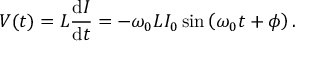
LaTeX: V ( t ) = L { \frac { \mathrm { d } I } { \mathrm { d } t } } = - \omega _ { 0 } L I _ { 0 } \sin \left( \omega _ { 0 } t + \phi \right) .